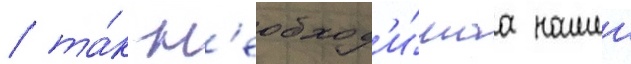
/ та́к н'еобход'и́маа нашеи